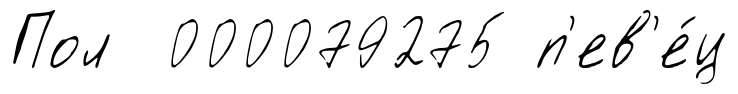
Пол 000079275 п'ев'е́ц